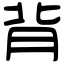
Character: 背